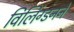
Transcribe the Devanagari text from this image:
विलिंग्डनने